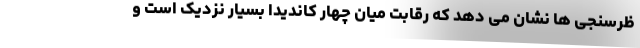
ظرسنجی ها نشان می دهد که رقابت میان چهار کاندیدا بسیار نزدیک است و